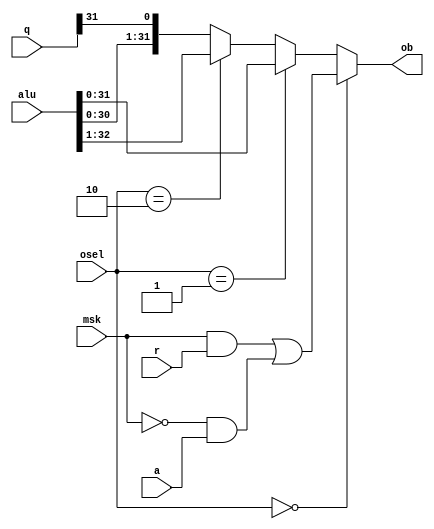
// MO --- MASKER/OUTPUT SELECT
//
// ---!!! Add description.
//
// History:
//
//   (20YY-MM-DD HH:mm:ss BRAD) Converted to Verilog; merge of MO0, and MO1.
//	???: Nets added.
//	???: Nets removed.
//   (1980-02-06 12:38:16 TK) MO1: Initial.
//   (1980-02-06 10:24:26 TK) MO0: Initial.

`timescale 1ns/1ps
`default_nettype none

module MO(/*AUTOARG*/
   // Outputs
   ob,
   // Inputs
   osel, a, msk, q, r, alu
   );

   input [1:0] osel;
   input [31:0] a;
   input [31:0] msk;
   input [31:0] q;
   input [31:0] r;
   input [32:0] alu;
   output [31:0] ob;

   ////////////////////////////////////////////////////////////////////////////////

   wire [31:0] mo;              // Masker output.

   ////////////////////////////////////////////////////////////////////////////////

   assign mo = (msk & r) | (~msk & a);
   assign ob = osel == 2'b00 ? mo :
	       osel == 2'b01 ? alu[31:0] :
	       osel == 2'b10 ? alu[32:1] :
	       {alu[30:0], q[31]};

endmodule

`default_nettype wire

// Local Variables:
// verilog-library-directories: ("..")
// End: